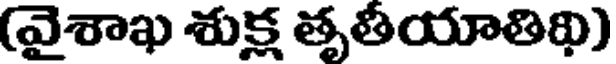
(వైశాఖ శుక్ల తృతీయాతిథి)